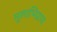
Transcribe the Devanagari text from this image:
मूलाभिप्राय